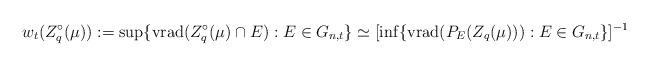
LaTeX: \begin{align*}w_t(Z_q^{\circ }(\mu )) := \sup \{{\rm vrad}(Z_q^{\circ }(\mu )\cap E): E\in G_{n,t}\}\simeq [\inf \{{\rm vrad}(P_E(Z_q(\mu ))): E\in G_{n,t}\}]^{-1}\end{align*}